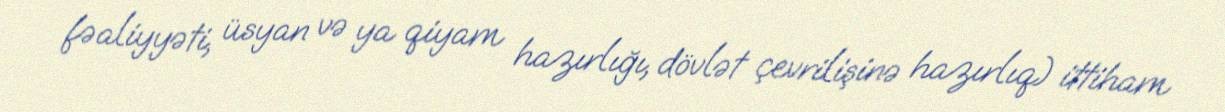
fəaliyyəti, üsyan və ya qiyam hazırlığı, dövlət çevrilişinə hazırlıq) ittiham